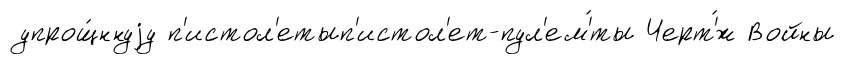
упрощ́ннуjу п'истол'етып'истол'ет-пул'ем'́ты Черт'́ж Войны